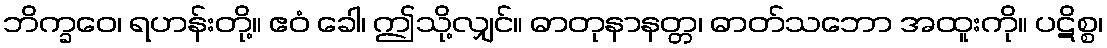
ဘိက္ခဝေ၊ ရဟန်းတို့။ ဧဝံ ခေါ၊ ဤသို့လျှင်။ ဓာတုနာနတ္တ၊ ဓာတ်သဘော အထူးကို။ ပဋိစ္စ၊